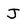
Character: J